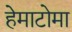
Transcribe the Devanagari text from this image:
हेमाटोमा